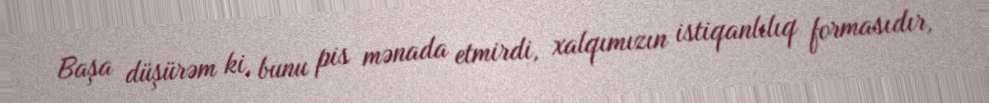
Başa düşürəm ki, bunu pis mənada etmirdi, xalqımızın istiqanlılıq formasıdır,